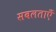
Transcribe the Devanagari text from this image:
सबलताएँ